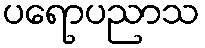
ပရောပညာသ